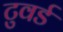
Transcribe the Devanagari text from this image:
टुवर्ड